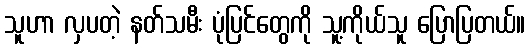
သူဟာ လှပတဲ့ နတ်သမီး ပုံပြင်တွေကို သူ့ကိုယ်သူ ပြောပြတယ်။